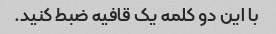
با این دو کلمه یک قافیه ضبط کنید.